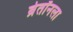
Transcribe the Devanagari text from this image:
ब्रेतॉनला